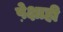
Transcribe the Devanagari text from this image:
पे़क्षाही